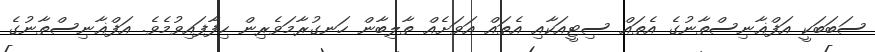
ސަބަބަކީ އަފްޣާނިސްތާނުގެ އެތައް ސިޓީއަކާއި އެތައް އަވަށެއް ތާލިބާން ހަނގުރާމަވެރިން ހިފާފައިވުމެވެ. އަފްޣާނިސްތާނުގެ